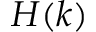
H ( k )